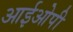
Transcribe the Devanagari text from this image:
आईओपी